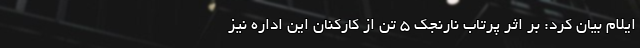
ایلام بیان کرد: بر اثر پرتاب نارنجک ۵ تن از کارکنان این اداره نیز